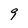
Character: 9